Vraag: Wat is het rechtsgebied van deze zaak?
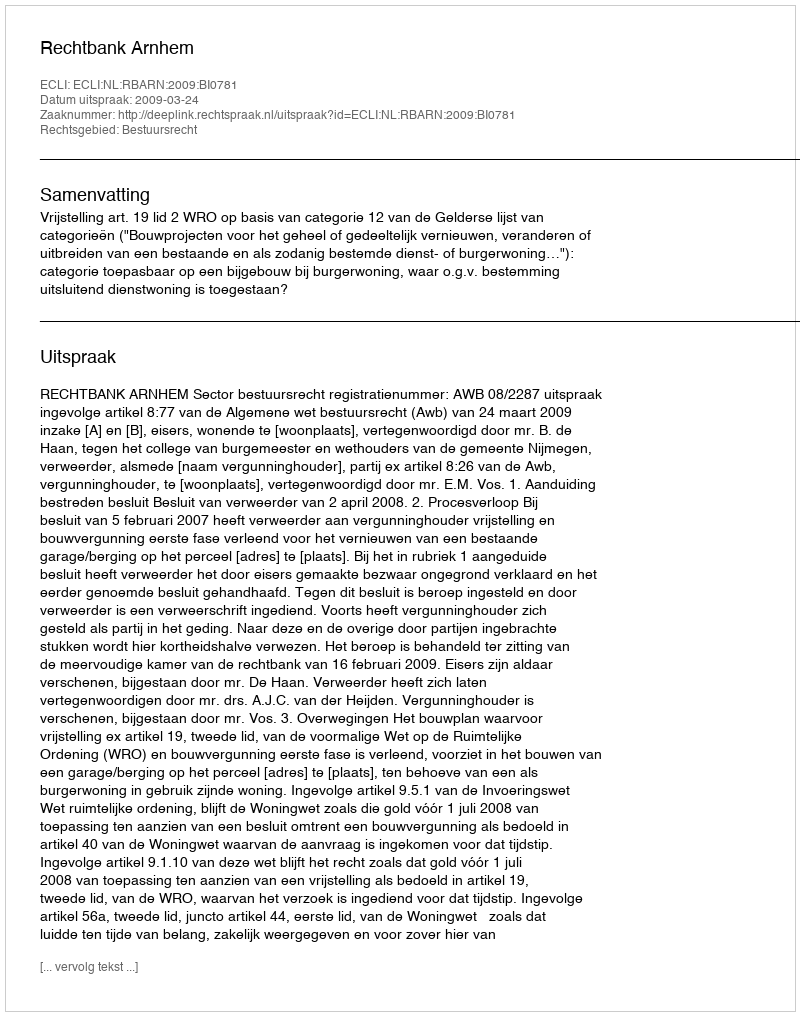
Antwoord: Bestuursrecht